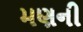
મણની